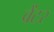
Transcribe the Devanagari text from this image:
वेंटर